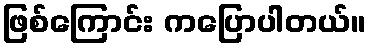
ဖြစ်ကြောင်း ကပြောပါတယ်။